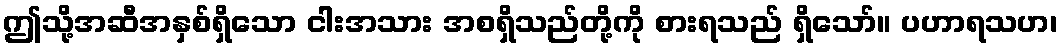
ဤသို့အဆီအနှစ်ရှိသော ငါးအသား အစရှိသည်တို့ကို စားရသည် ရှိသော်။ ပဟာရသဟ၊